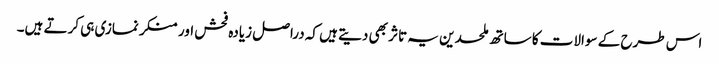
اس طرح کے سوالات کا ساتھ ملحدین یہ تاثر بھی دیتے ہیں کہ دراصل زیادہ فحش اور منکر نمازی ہی کرتے ہیں۔